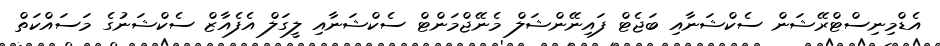
އެޑްމިނިސްޓްރޭޝަން ސެކްޝަނާއި ބަޖެޓް ފައިނޭންޝަލް މެނޭޖްމަންޓް ސެކްޝަނާއި ލީގަލް އެފެއާޒް ސެކްޝަނުގެ މަސައްކަތް